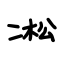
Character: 凇